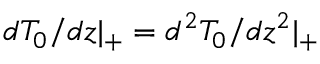
d T _ { 0 } / d z | _ { + } = d ^ { 2 } T _ { 0 } / d z ^ { 2 } | _ { + }